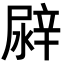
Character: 𨐛